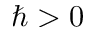
\hbar > 0